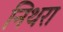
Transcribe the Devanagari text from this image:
निथरा